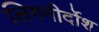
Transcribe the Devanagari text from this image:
लिगनीर्दोश